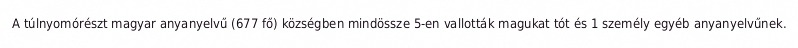
A túlnyomórészt magyar anyanyelvű (677 fő) községben mindössze 5-en vallották magukat tót és 1 személy egyéb anyanyelvűnek.